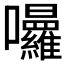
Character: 𭍒